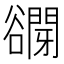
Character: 𧯋